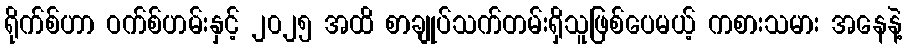
ရိုက်စ်ဟာ ဝက်စ်ဟမ်းနှင့် ၂၀၂၅ အထိ စာချုပ်သက်တမ်းရှိသူဖြစ်ပေမယ့် ကစားသမား အနေနဲ့